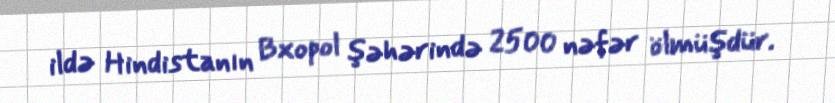
ildə Hindistanın Bxopol şəhərində 2500 nəfər ölmüşdür.